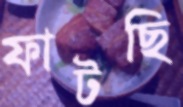
ফাটছি